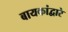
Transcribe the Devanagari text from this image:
बायकांद्वारे